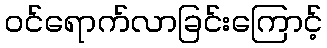
ဝင်ရောက်လာခြင်းကြောင့်